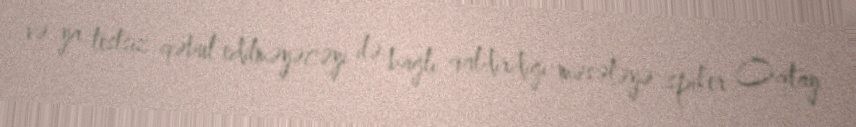
və ya testsiz qəbul edilməyəcəyi ilə bağlı qaldırdığı məsələyə spiker Oqtay